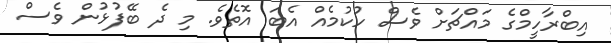
އިބްރާހީމްގެ މައްޗަށް ވެސް ހުކުމެއް އެބަ އޮތެވެ. މި ދެ ބޭފުޅުން ވެސް